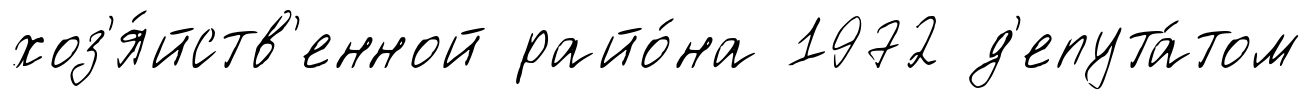
хоз'я́йств'енной райо́на 1972 д'епута́том